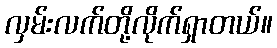
လှမ်းလက်တို့လိုက်ရှာတယ်။